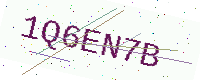
Text: 1Q6EN7B